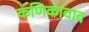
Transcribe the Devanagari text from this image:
कणिकावाद